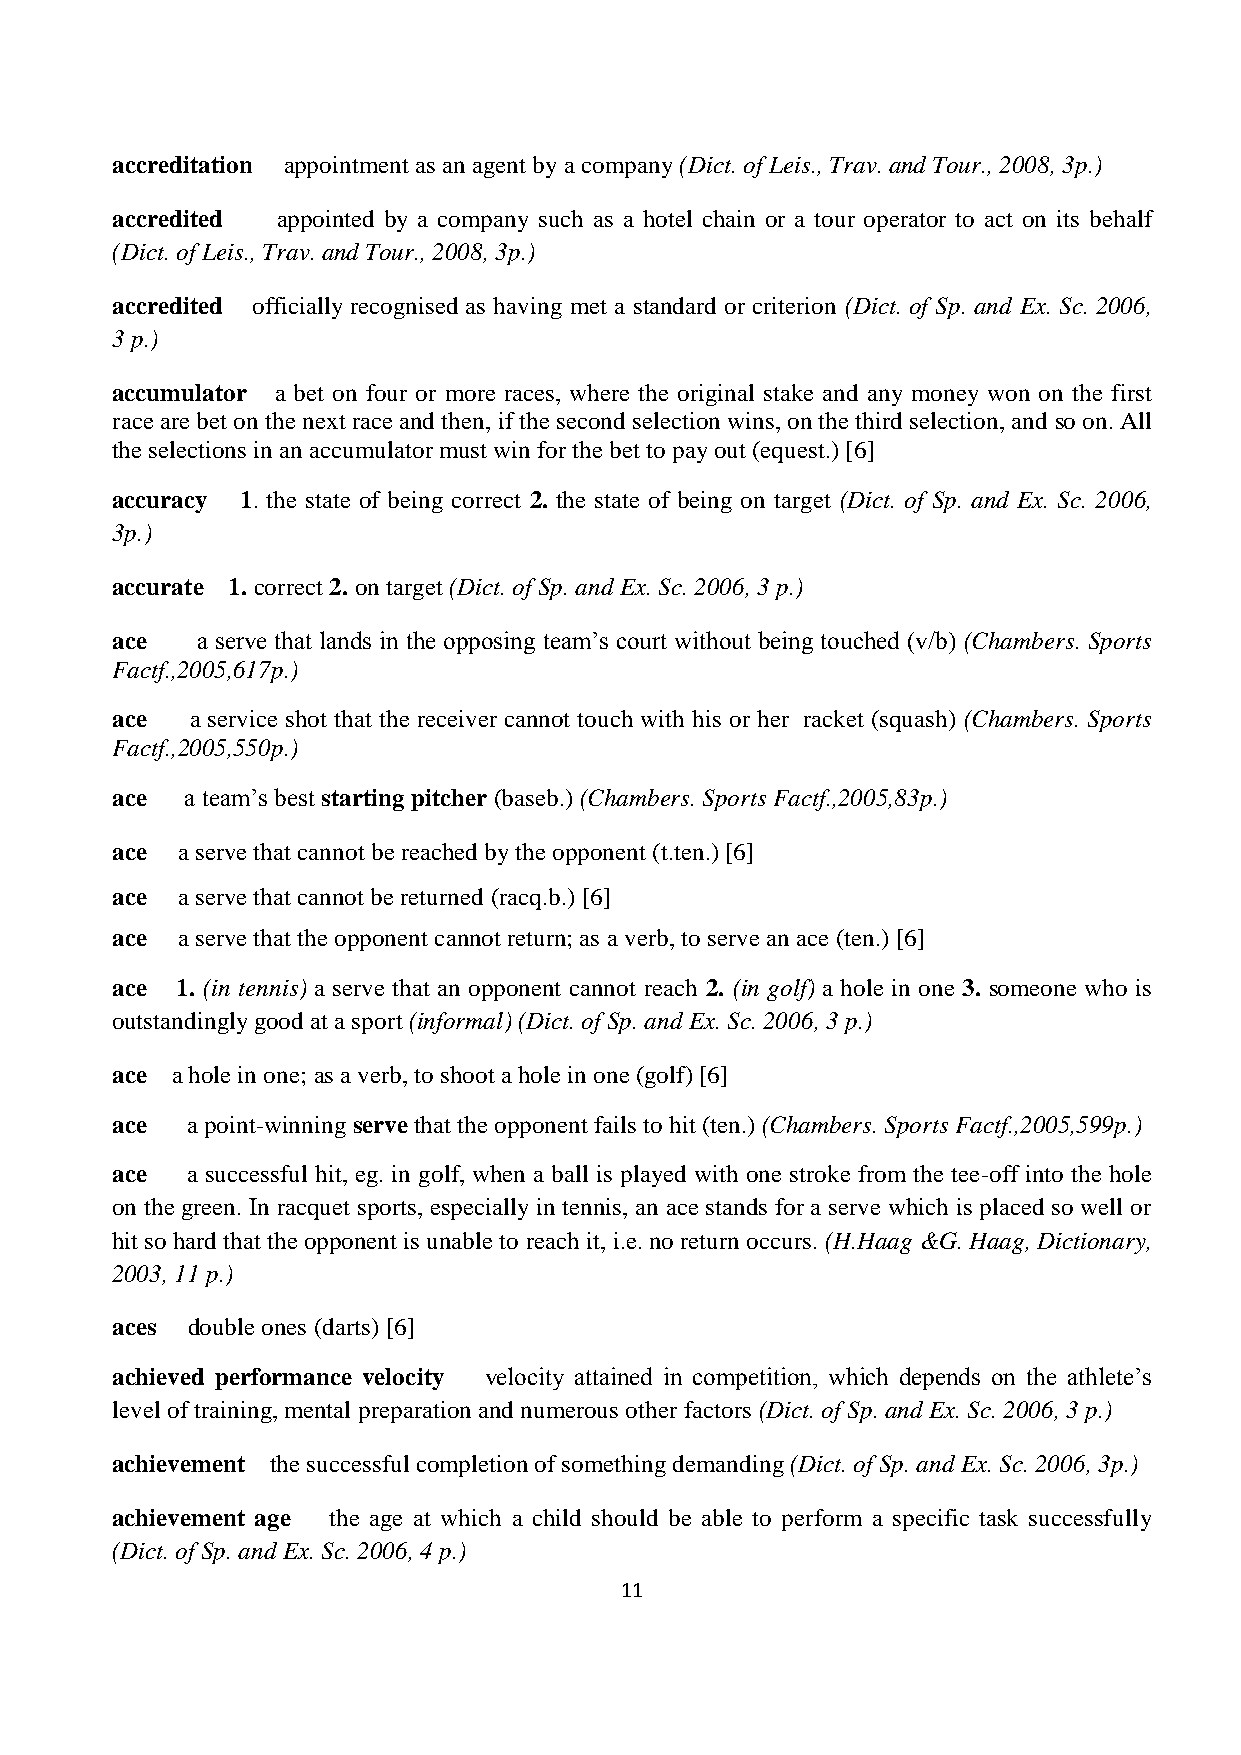
accreditation appointment as an agent by a company (Dict. of Leis., Trav. and Tour., 2008, 3p.)
 accredited appointed by a company such as a hotel chain or a tour operator to act on its behalf
 (Dict. of Leis., Trav. and Tour., 2008, 3p.)
 accredited officially recognised as having met a standard or criterion (Dict. of Sp. and Ex. Sc. 2006,
 3 p.)
 accumulator a bet on four or more races, where the original stake and any money won on the first
 race are bet on the next race and then, if the second selection wins, on the third selection, and so on. All
 the selections in an accumulator must win for the bet to pay out (equest.) [6]
 accuracy 1. the state of being correct 2. the state of being on target (Dict. of Sp. and Ex. Sc. 2006,
 3p.)
 accurate 1. correct 2. on target (Dict. of Sp. and Ex. Sc. 2006, 3 p.)
 ace   a serve that lands in the opposing team’s court without being touched (v/b) (Chambers. Sports
 Factf.,2005,617p.)
 ace   a service shot that the receiver cannot touch with his or her racket (squash) (Chambers. Sports
 Factf.,2005,550p.)
 ace  a team’s best starting pitcher (baseb.) (Chambers. Sports Factf.,2005,83p.)
 ace  a serve that cannot be reached by the opponent (t.ten.) [6]
 ace  a serve that cannot be returned (racq.b.) [6]
 ace  a serve that the opponent cannot return; as a verb, to serve an ace (ten.) [6]
 ace  1. (in tennis) a serve that an opponent cannot reach 2. (in golf) a hole in one 3. someone who is
 outstandingly good at a sport (informal) (Dict. of Sp. and Ex. Sc. 2006, 3 p.)
 ace a hole in one; as a verb, to shoot a hole in one (golf) [6]
 ace  a point-winning serve that the opponent fails to hit (ten.) (Chambers. Sports Factf.,2005,599p.)
 ace  a successful hit, eg. in golf, when a ball is played with one stroke from the tee-off into the hole
 on the green. In racquet sports, especially in tennis, an ace stands for a serve which is placed so well or
 hit so hard that the opponent is unable to reach it, i.e. no return occurs. (H.Haag &G. Haag, Dictionary,
 2003, 11 p.)
 aces double ones (darts) [6]
 achieved performance velocity velocity attained in competition, which depends on the athlete’s
 level of training, mental preparation and numerous other factors (Dict. of Sp. and Ex. Sc. 2006, 3 p.)
 achievement the successful completion of something demanding (Dict. of Sp. and Ex. Sc. 2006, 3p.)
 achievement age the age at which a child should be able to perform a specific task successfully
 (Dict. of Sp. and Ex. Sc. 2006, 4 p.)
 11